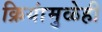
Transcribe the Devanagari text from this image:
क्रियांमुळेही